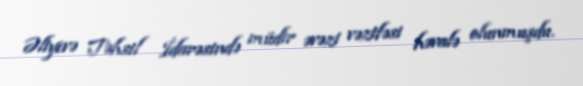
Əliyevə Təhsil İdarəsində müdir əvəzi vəzifəsi həvalə olunmuşdu.